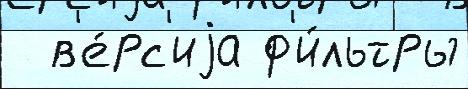
  в'е́рс'иjа ф'и́льтры